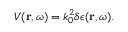
V ( \boldsymbol { \mathbf { r } } , \omega ) = k _ { 0 } ^ { 2 } \delta \epsilon ( \boldsymbol { \mathbf { r } } , \omega ) .